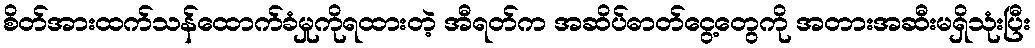
စိတ်အားထက်သန်ထောက်ခံမှုကိုရထားတဲ့ အီရတ်က အဆိပ်ဓာတ်ငွေ့တွေကို အတားအဆီးမရှိသုံးပြီး